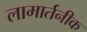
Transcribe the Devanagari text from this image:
लामार्तनीक